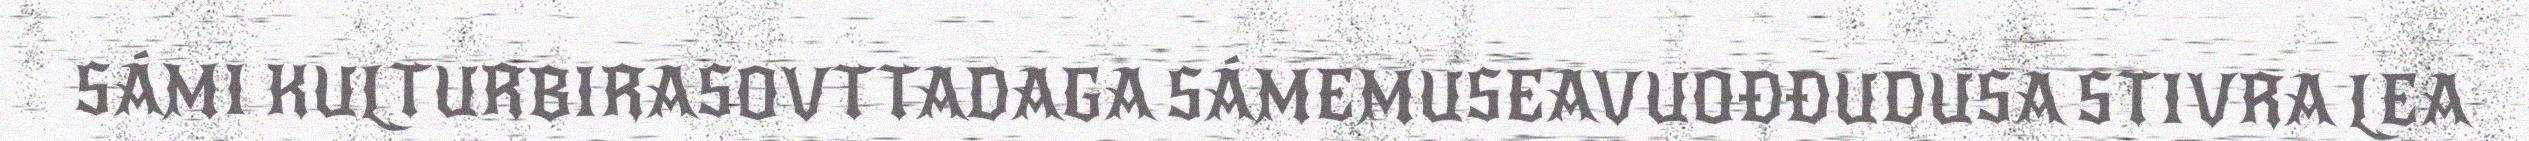
SÁMI KULTURBIRASOVTTADAGA SÁMEMUSEAVUOĐĐUDUSA STIVRA LEA